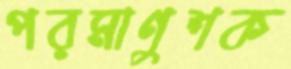
পরমাণুশক